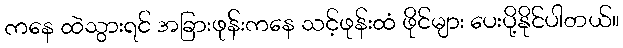
ကနေ ထဲသွားရင် အခြားဖုန်းကနေ သင့်ဖုန်းထံ ဖိုင်များ ပေးပို့နိုင်ပါတယ်။